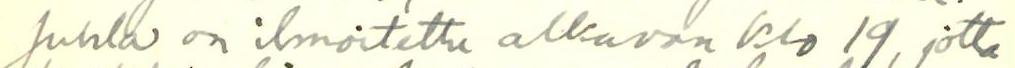
Juhla on ilmoitettu alkavan klo 19, jotta